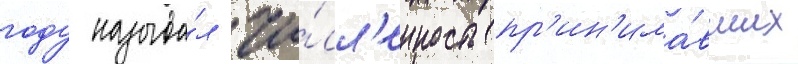
году называ́л чи́сл'енность пр'ин'има́вших